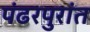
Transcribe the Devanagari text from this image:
पंढरपुरांत